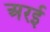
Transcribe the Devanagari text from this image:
अरई